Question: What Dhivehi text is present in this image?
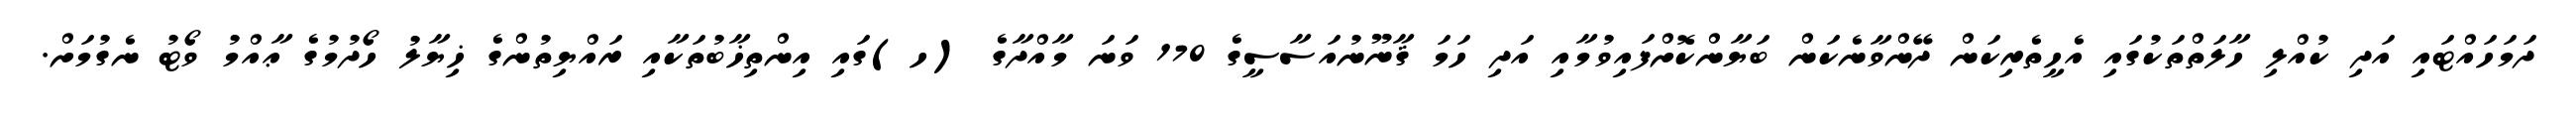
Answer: ދަމަހައްޓައި އަދި ކުއްލި ހާލަތްތަކުގައި އެހީތެރިކަން ދޭންވާނެކަން ބަޔާންކޮށްފައިވުމާއި އަދި ހަމަ ޤާނޫނުއަސާސީގެ 170 ވަނަ މާއްދާގެ (ހ)ގައި އިންތިޚާބުތަކާއި ރައްޔިތުންގެ ޚިޔާލު ހޯދުމުގެ ޢާއްމު ވޯޓު ނެގުމަށް.